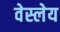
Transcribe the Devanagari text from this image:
वेस्लेय